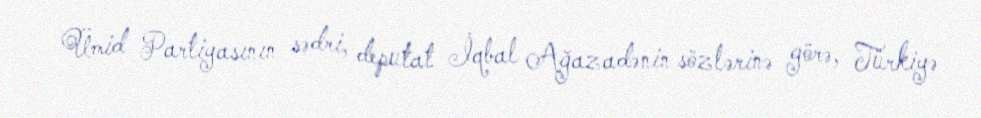
Ümid Partiyasının sədri, deputat İqbal Ağazadənin sözlərinə görə, Türkiyə